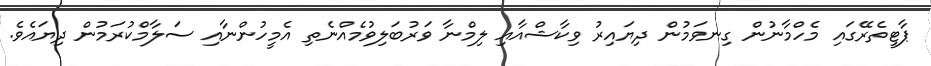
ޕާޓީތެރޭގައި މެހްމާނުން ގިނވަމުން ދިޔައިރު ވިކާޝްއާއި ލިމްނާ ވަރުބަލިވުމެއްނެތި އެމީހުންނާއި ސަލާމްކުރަމުން ދިޔައެވެ.